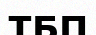
ТБП